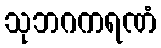
သုဘဂကရဏံ